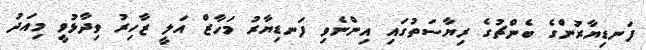
ފަނޑިޔާރުންގެ ބެންޗުގެ ރިޔާސަތުގައި އިންނެވި ފަނޑިޔާރު މަހާޒް އަލީ ޒާހިރު ވިދާޅުވީ މިއަދު